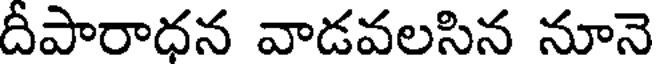
దీపారాధన వాడవలసిన నూనె